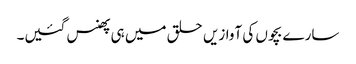
سارے بچوں کی آوازیں حلق میں ہی پھنس گئیں۔